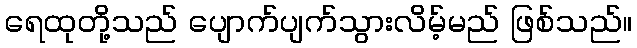
ရေထုတို့သည် ပျောက်ပျက်သွားလိမ့်မည် ဖြစ်သည်။